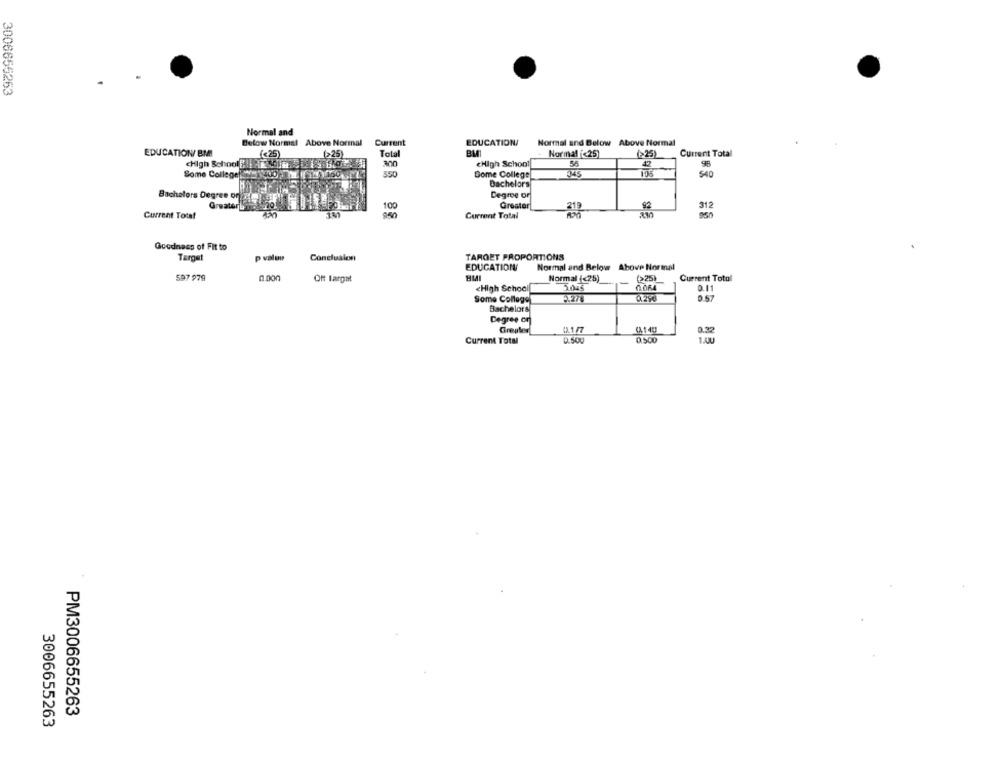
3006656263
Normal and
Below Normal Above Normal
Current
EDUCATION/
Normal and Below Above Normal
EDUCATION/ BMI
(<25)
Total
BM
Normal (<25)
(>25)
Current Total
cHigh School El PESOTH ESESLO2
ann
cHigh School
55
42
Some College ENquo
550
Dome College
540
Bachelors
Bachelors Degree of
Degree OF
Greater
100
Greater
312
Current Total
Current Total
Goodness of Fit to
Target
p valon
Conclusion
TARGET PROPORTIONS
EDUCATION
Normal and Below Above Normal
597 979
Off Largat
HIMI
Normal (<25)
Current Total
<High School
2.045
0.11
-. 278
0.57
Some College
Bachelors
Degree or
0.1.77
0.32
Greater
(A140
Current Total
0.500
0.500
PM3006655263
3006655263